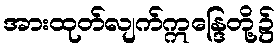
အားထုတ်လျက်ဣန္ဒြေတို့၌